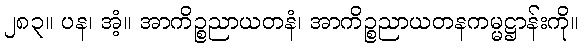
၂၈၃။ ပန၊ အံ့။ အာကိဉ္စညာယတနံ၊ အာကိဉ္စညာယတနကမ္မဋ္ဌာန်းကို။